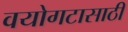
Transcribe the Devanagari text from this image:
वयोगटासाठी